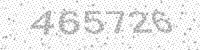
Solution: 465726